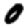
Digit: 0